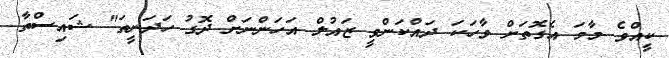
ކީއްވެ މާމަ އެގޮތަށް ވާހަކަ ދައްކަންވީ ޒައުލް އަހަންނަށް ދޮގު ހަދަނީތަ" ޝައިސްތާ